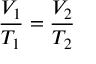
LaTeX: { \frac { V _ { 1 } } { T _ { 1 } } } = { \frac { V _ { 2 } } { T _ { 2 } } }